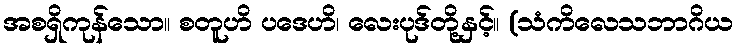
အစရှိကုန်သော။ စတူဟိ ပဒေဟိ၊ လေးပုဒ်တို့နှင့်။ (သံကိလေသဘာဂိယ